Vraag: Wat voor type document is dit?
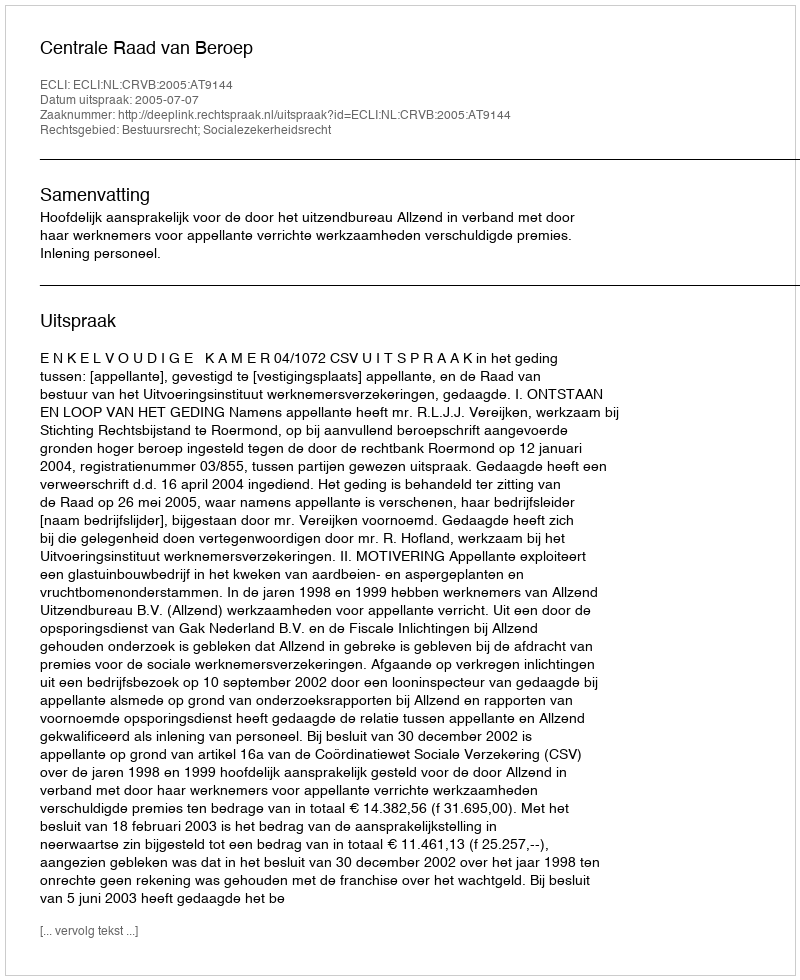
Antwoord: Uitspraak